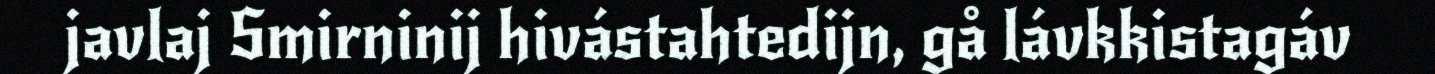
javlaj Smirninij hivástahtedijn, gå lávkkistagáv